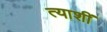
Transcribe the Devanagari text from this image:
त्याशीं